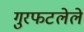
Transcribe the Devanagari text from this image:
गुरफटलेले